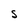
Character: S